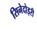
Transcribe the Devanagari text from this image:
सिनेदोइरी